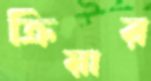
ক্রিয়ার